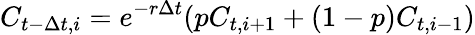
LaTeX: C_{t-\Delta t,i}=e^{-r\Delta t}(pC_{t,i+1}+(1-p)C_{t,i-1})